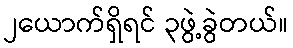
၂ယောက်ရှိရင် ၃ဖွဲ့ခွဲတယ်။